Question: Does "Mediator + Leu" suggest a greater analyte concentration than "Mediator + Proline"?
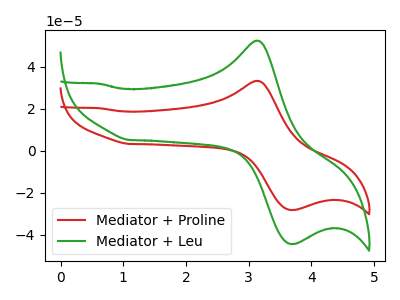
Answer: <think>The red curve "Mediator + Proline" has an anodic peak at (3.15V, 33.35uA) and a cathodic peak at (3.75V, -28.20uA). The green curve "Mediator + Leu" has an anodic peak at (3.15V, 52.50uA) and a cathodic peak at (3.75V, -44.40uA).
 All the peaks in "Mediator + Leu" have a peak in "Mediator + Proline" at the same potential. Every peak in "Mediator + Leu" is higher than every peak in "Mediator + Proline".</think>
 <answer>"Mediator + Leu" has more signal than "Mediator + Proline".</answer>
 <eval>more_signal</eval>